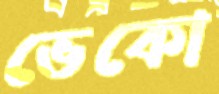
ভেকো